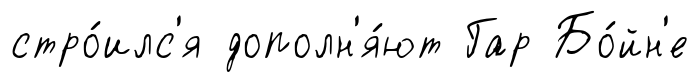
стро́илс'я дополн'я́ют Гар Бо́йн'е